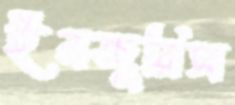
ইনজুরিস